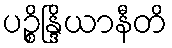
ပဉ္စိန္ဒြိယာနီတိ